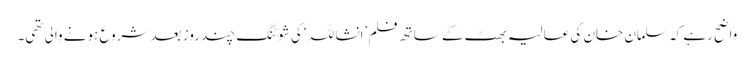
واضح رہے کہ سلمان خان کی عالیہ بھٹ کے ساتھ فلم ’انشا للہ ‘کی شوٹنگ چند روز بعد شروع ہونے والی تھی۔